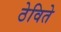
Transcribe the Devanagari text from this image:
ठेविते